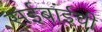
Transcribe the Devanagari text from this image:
सईबांईची